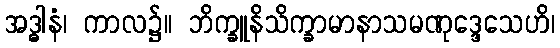
အဒ္ဓါနံ၊ ကာလ၌။ ဘိက္ခူနိသိက္ခာမာနာသမဏုဒ္ဒေသေဟိ၊